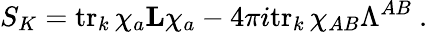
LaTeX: S_{K}=\mathrm{tr}_{k}\, \chi_{a}{\mathbf L}\chi_{a}-4\pi i\mathrm{tr}_{k}\, \chi_{AB}\Lambda^{AB}\ .